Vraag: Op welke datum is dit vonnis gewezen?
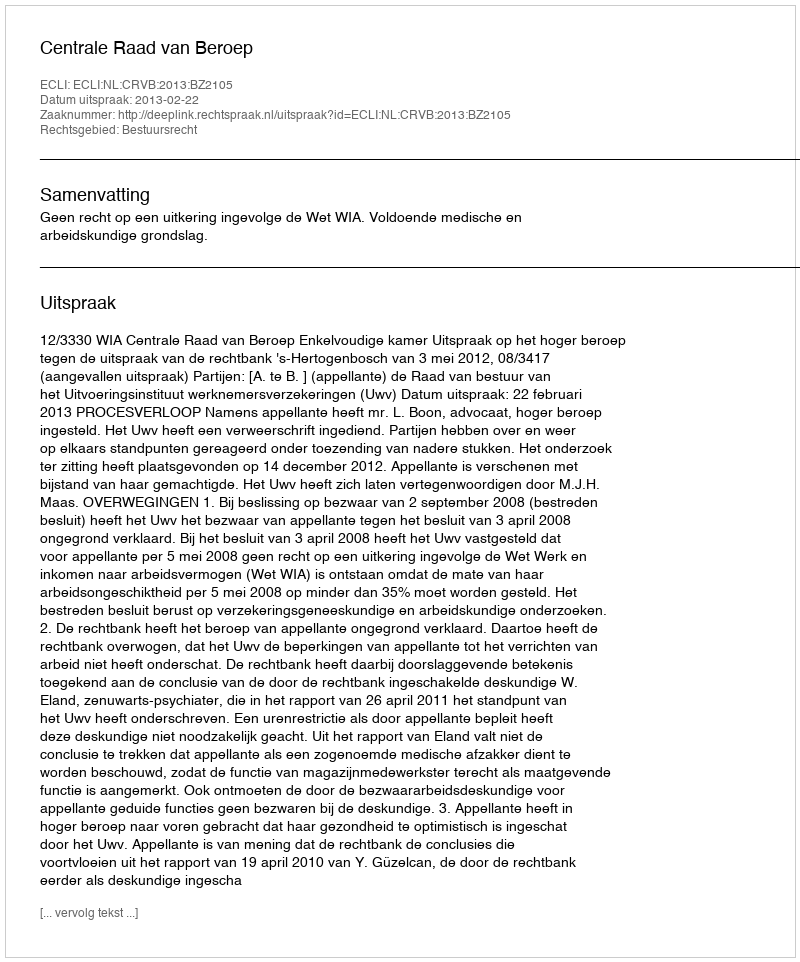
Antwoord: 2013-02-22